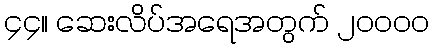
၄၄။ ဆေးလိပ်အရေအတွက် ၂၀၀၀၀